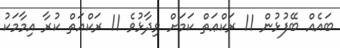
ބައެއް ބޭފުޅުން 11 ރަކްޢަތް ކަމަށް ވިދާޅުވެ 11 ރަކްޢަތް ކުރާ އިމާމަކު